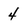
Character: 4